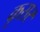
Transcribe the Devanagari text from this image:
कृसर